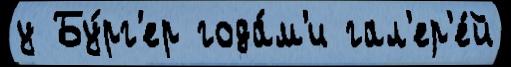
у Бу́рг'ер года́м'и гал'ер'е́й